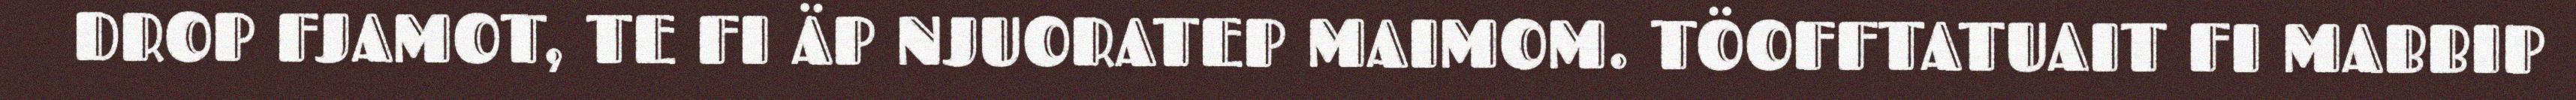
DROP FJAMOT, TE FI ÄP NJUORATEP MAIMOM. TÖOFFTATUAIT FI MABBIP